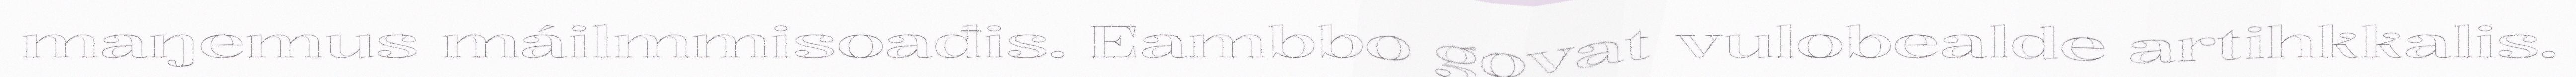
maŋemus máilmmisoađis. Eambbo govat vulobealde artihkkalis.